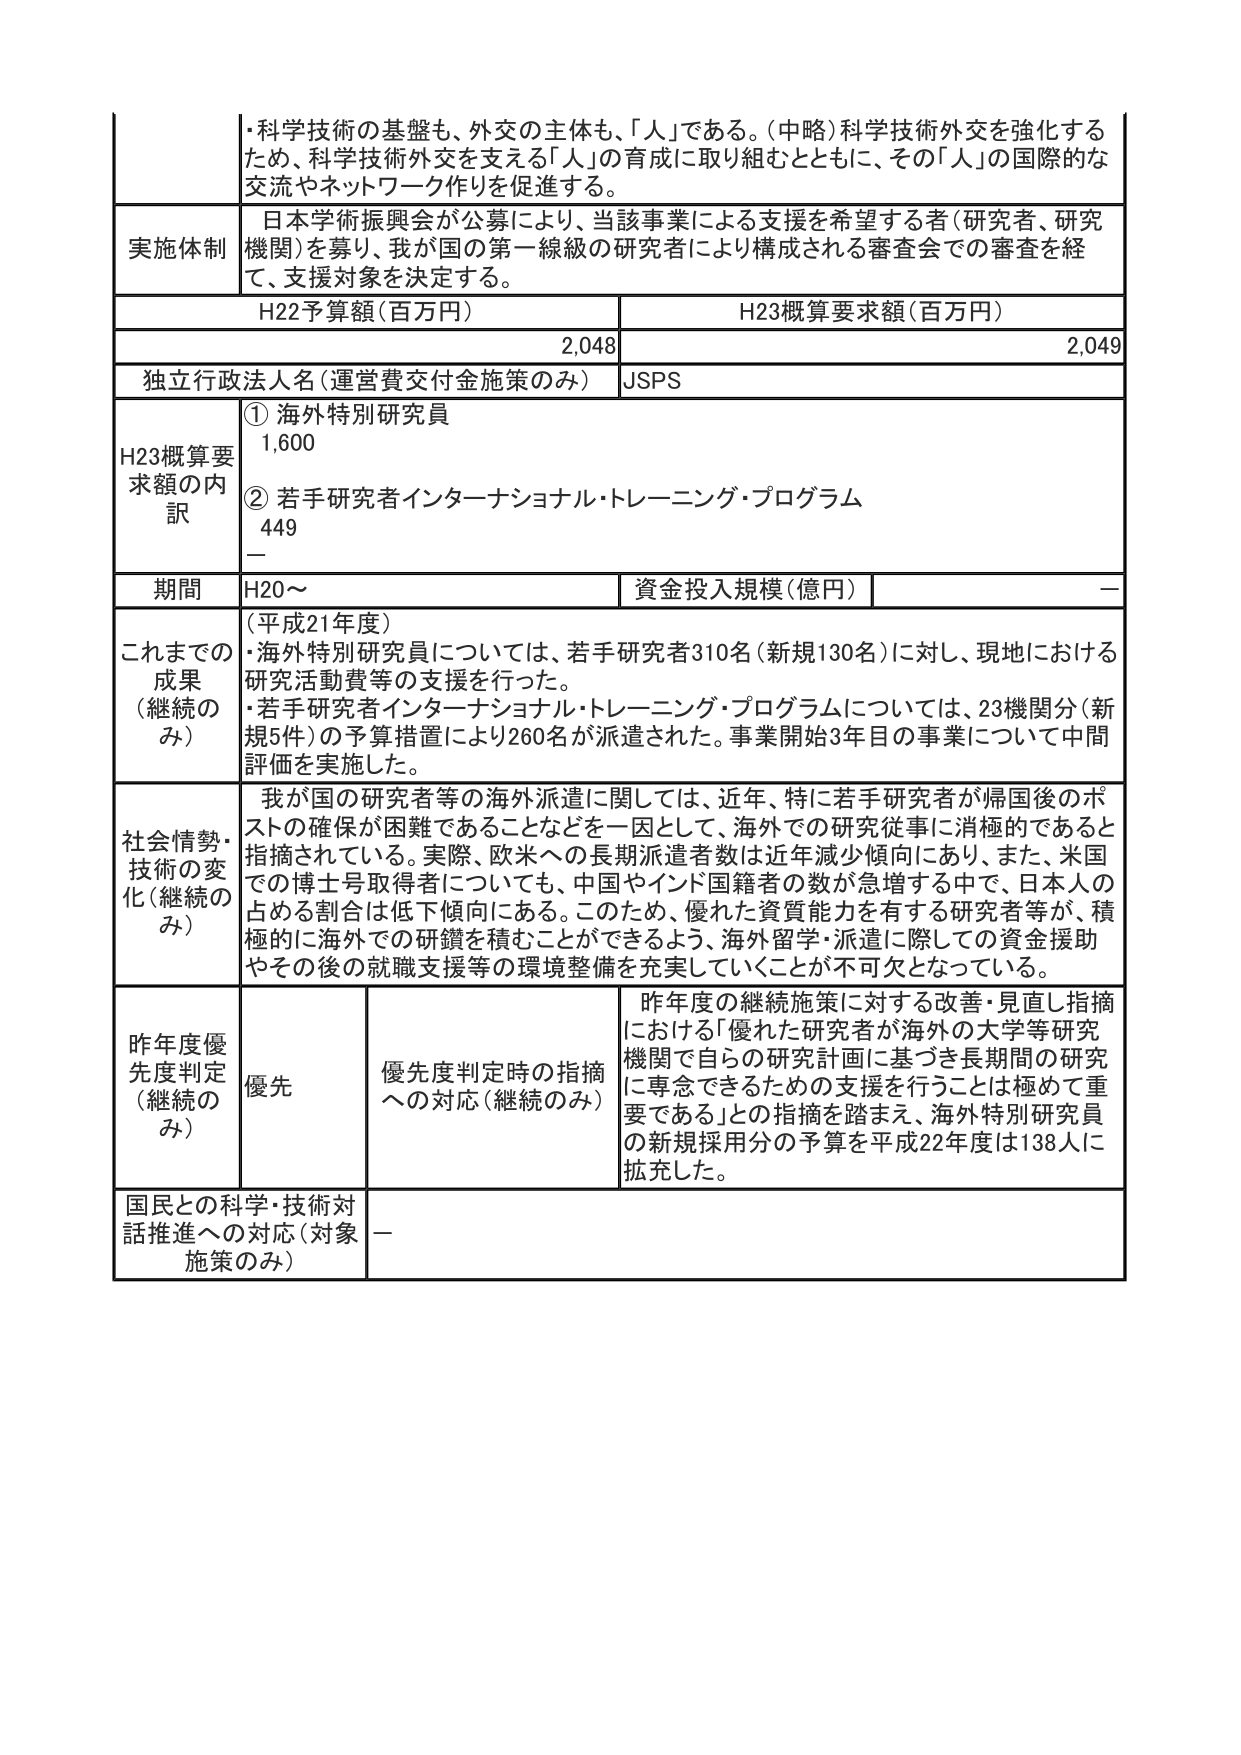
・科学技術の基盤も、外交の主体も、「人」である。（中略）科学技術外交を強化するため、科学技術外交を支える「人」の育成に取り組むとともに、その「人」の国際的な交流やネットワーク作りを促進する。

実施体制
日本学術振興会が公募により、当該事業による支援を希望する者（研究者、研究機関）を募り、我が国の第一線級の研究者により構成される審査会での審査を経て、支援対象を決定する。

H22予算額（百万円）　　H23概算要求額（百万円）
2,048　　　　　　　　　2,049

独立行政法人名（運営費交付金施策のみ）　JSPS

H23概算要求額の内訳
① 海外特別研究員
1,600
② 若手研究者インターナショナル・トレーニング・プログラム
449
—

期間　H20～　　資金投入規模（億円）　—

これまでの成果（継続のみ）
（平成21年度）
・海外特別研究員については、若手研究者310名（新規130名）に対し、現地における研究活動費等の支援を行った。
・若手研究者インターナショナル・トレーニング・プログラムについては、23機関分（新規5件）の予算措置により260名が派遣された。事業開始3年目の事業について中間評価を実施した。

社会情勢・技術の変化（継続のみ）
我が国の研究者等の海外派遣に関しては、近年、特に若手研究者が帰国後のポストの確保が困難であることなどを一因として、海外での研究従事に消極的であると指摘されている。実際、欧米への長期派遣者数は近年減少傾向にあり、また、米国での博士号取得者についても、中国やインド国籍者の数が急増する中で、日本人の占める割合は低下傾向にある。このため、優れた資質能力を有する研究者等が、積極的に海外での研鑽を積むことができるよう、海外留学・派遣に際しての資金援助やその後の就職支援等の環境整備を充実していくことが不可欠となっている。

昨年度優先度判定（継続のみ）
優先　　優先度判定時の指摘への対応（継続のみ）
昨年度の継続施策に対する改善・見直し指摘における「優れた研究者が海外の大学等研究機関で自らの研究計画に基づき長期間の研究に専念できるための支援を行うことは極めて重要である」との指摘を踏まえ、海外特別研究員の新規採用分の予算を平成22年度は138人に拡充した。

国民との科学・技術対話推進への対応（対象施策のみ）　—